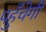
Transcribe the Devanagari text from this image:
पहुँचेगी